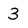
Character: 3